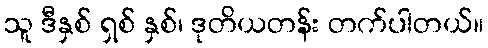
သူ ဒီနှစ် ရှစ် နှစ်၊ ဒုတိယတန်း တက်ပါတယ်။